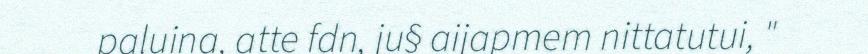
paluina, atte fdn, ju§ aijapmem nittatutui, "